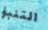
التنبؤ